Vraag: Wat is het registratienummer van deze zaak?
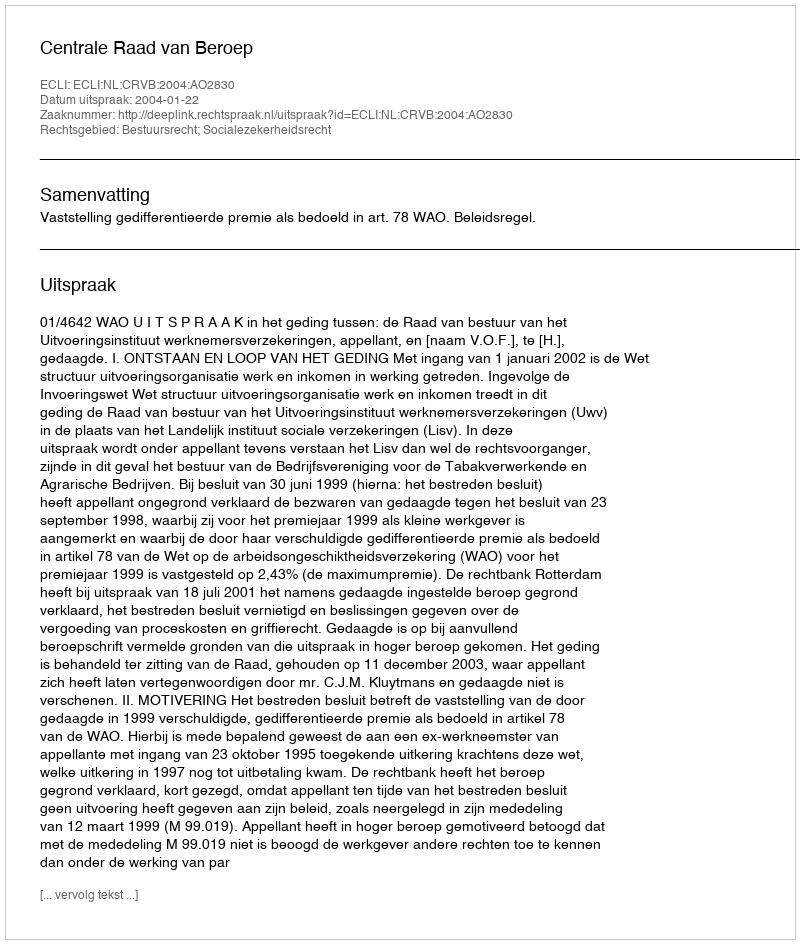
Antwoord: http://deeplink.rechtspraak.nl/uitspraak?id=ECLI:NL:CRVB:2004:AO2830